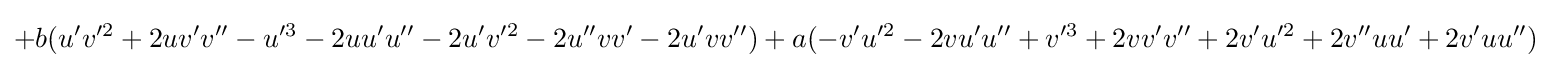
+b(u'v'^{2}+2uv'v''-u'^{3}-2uu'u''-2u'v'^{2}-2u''vv'-2u'vv'')+a(-v'u'^{2}-2vu'u''+v'^{3}+2vv'v''+2v'u'^{2}+2v''uu'+2v'uu'')